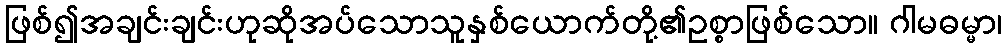
ဖြစ်၍အချင်းချင်းဟုဆိုအပ်သောသူနှစ်ယောက်တို့၏ဥစ္စာဖြစ်သော။ ဂါမဓမ္မာ၊